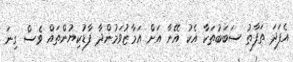
އެފަދަ ތަފާތު ސަބަބުތަކާ އެކު އޭނާ އަށް އަމާޒުވަމުންދާ ފާޑުކިޔުންތައް ވެސް ގިނަ